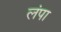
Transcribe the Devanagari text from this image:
लंपा